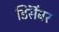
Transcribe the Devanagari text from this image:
डिसॆंबर